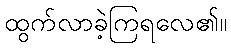
ထွက်လာခဲ့ကြရလေ၏။